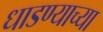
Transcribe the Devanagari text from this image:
धाडण्याच्या